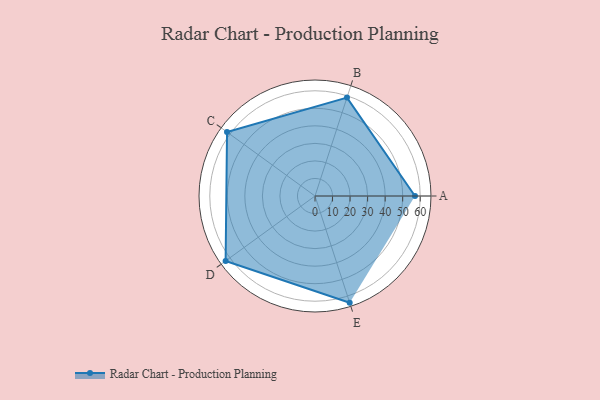
{"axis": {"x": "Skill", "y": "Score"}, "legend": ["Profile"], "data": [{"x": "A", "y": 57.0, "type": "Profile"}, {"x": "B", "y": 59.0, "type": "Profile"}, {"x": "C", "y": 62.0, "type": "Profile"}, {"x": "D", "y": 63.0, "type": "Profile"}, {"x": "E", "y": 64.0, "type": "Profile"}]}